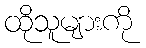
ထိုသူများကို